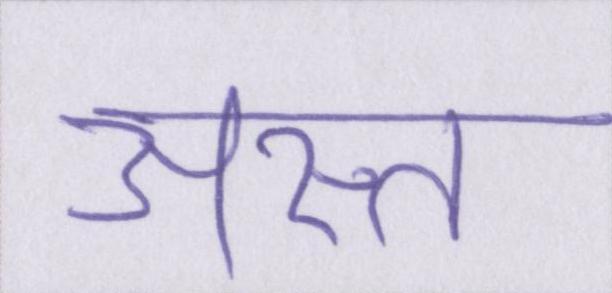
अस्त